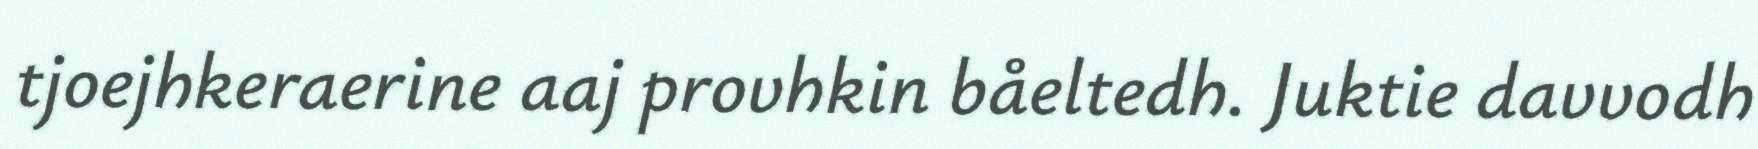
tjoejhkeraerine aaj provhkin båeltedh. Juktie davvodh